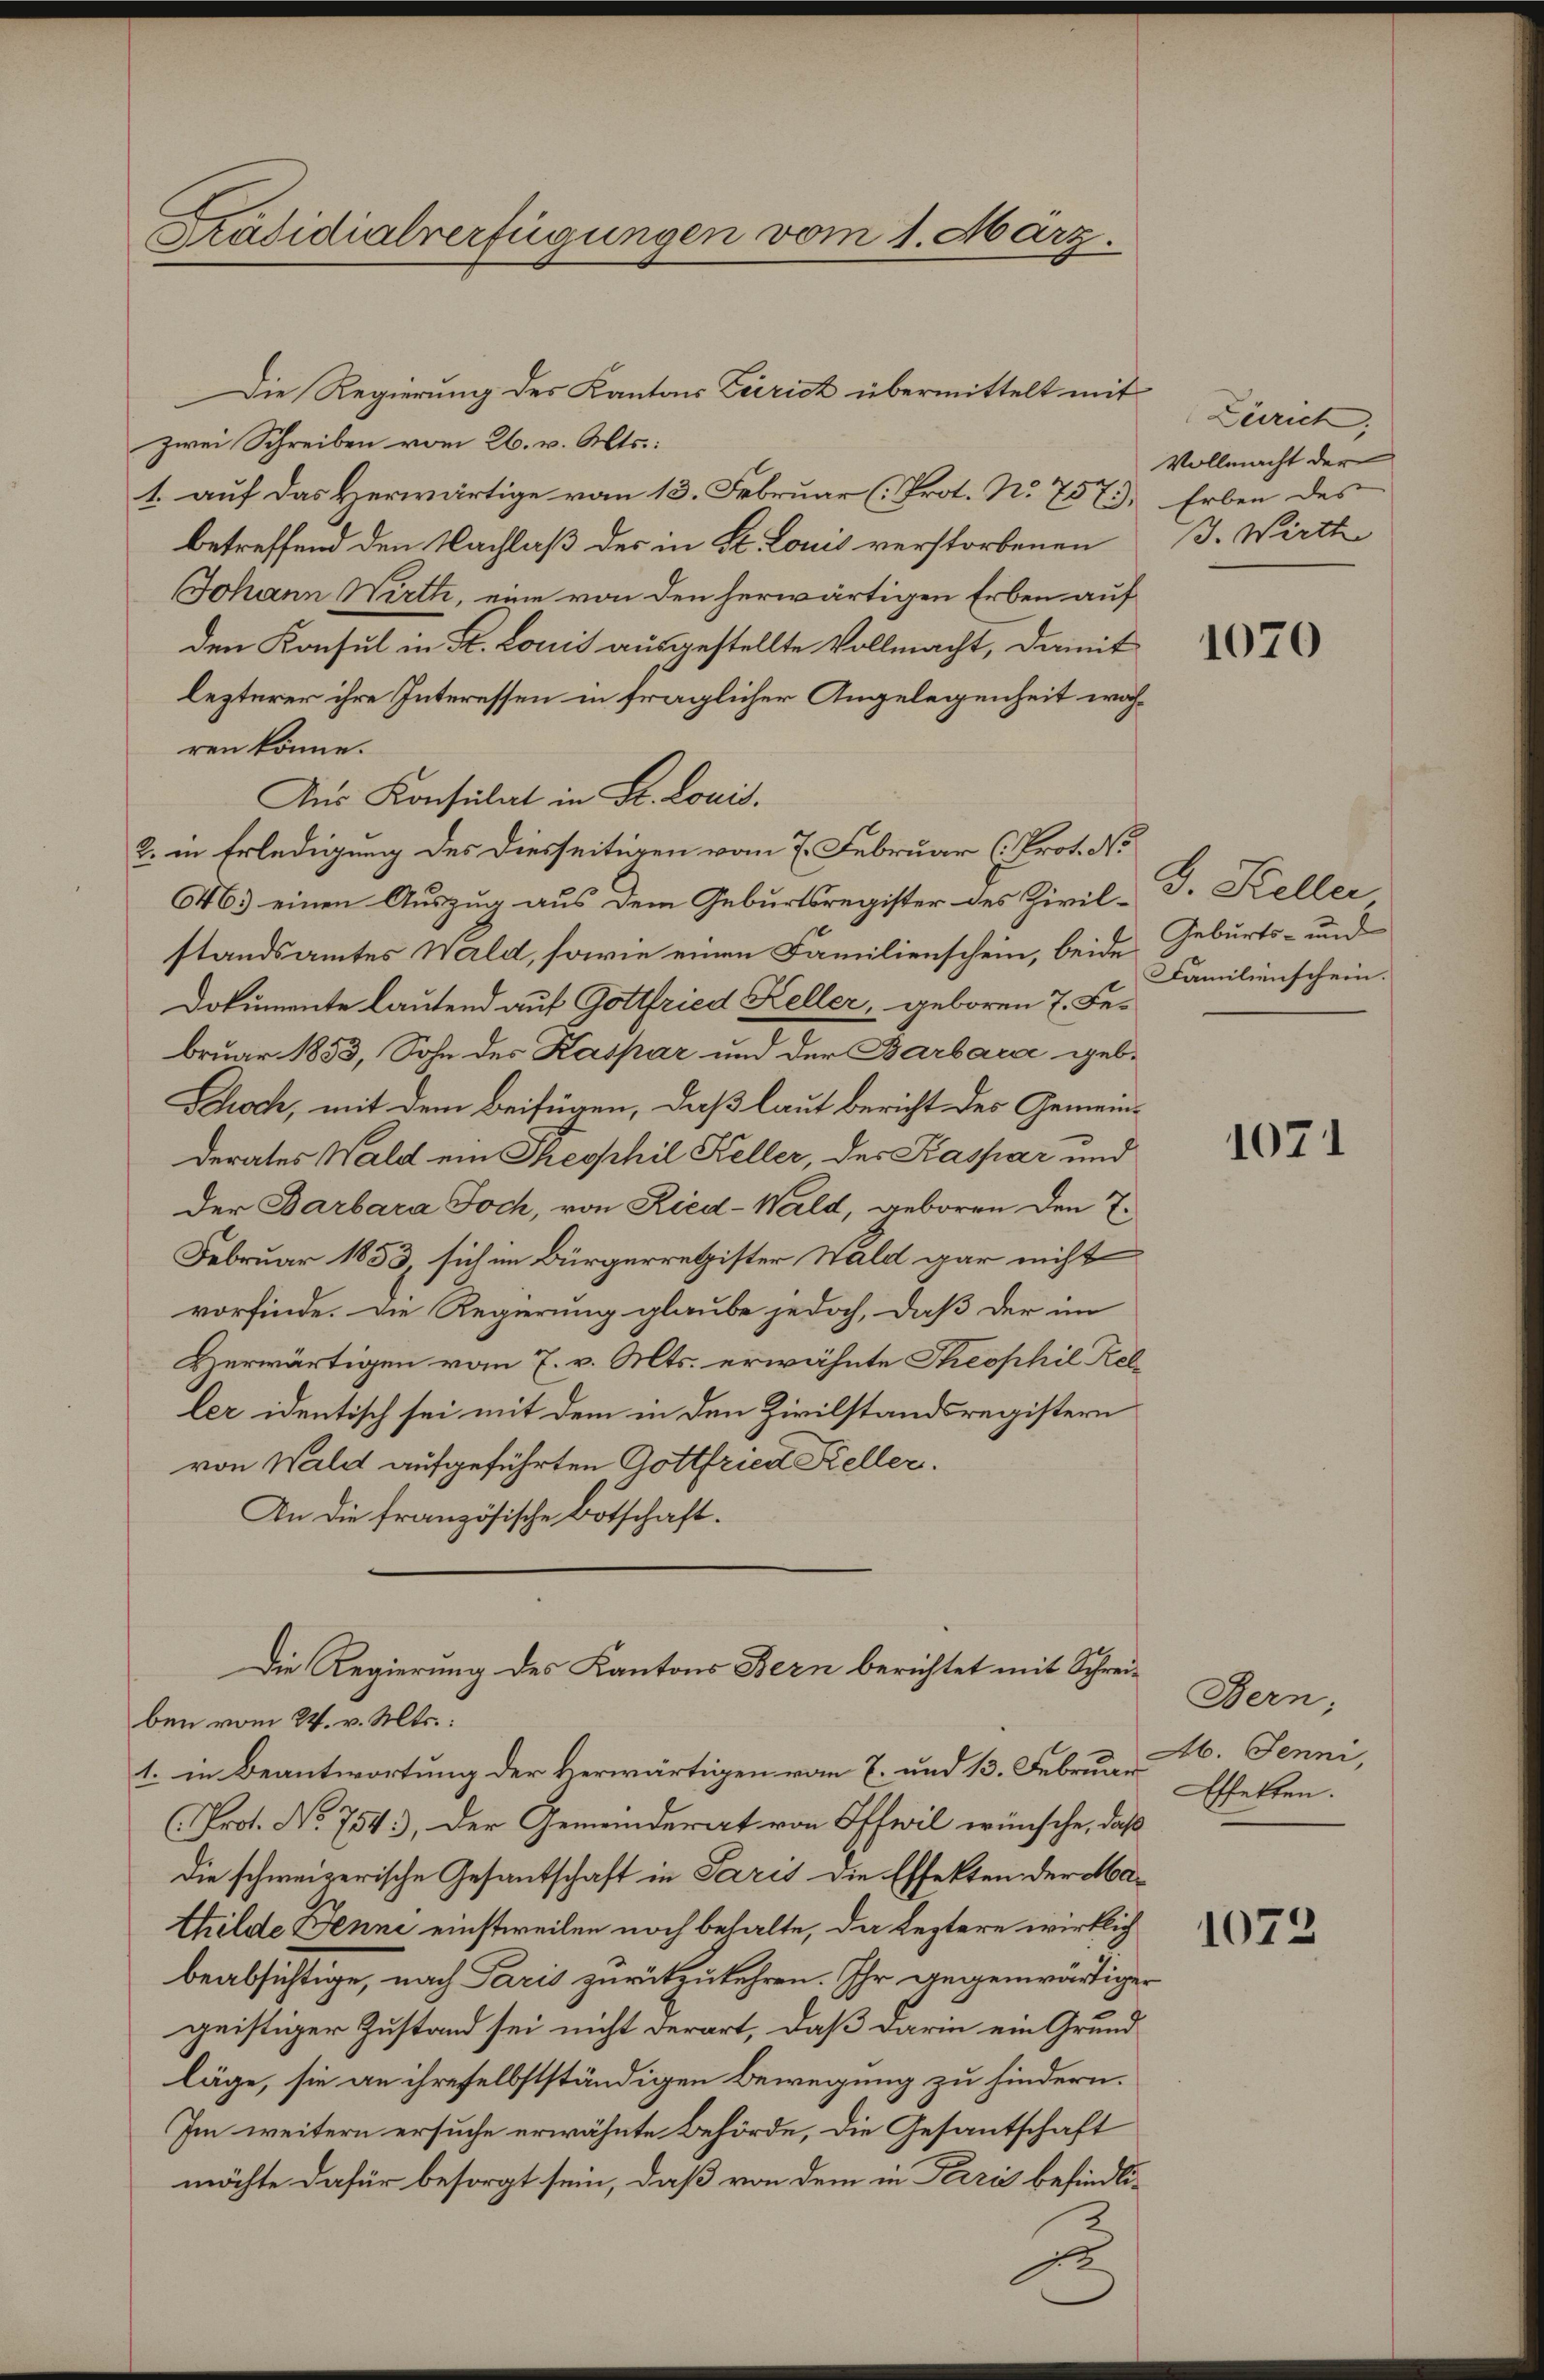
Präsidialverfügungen vom 1. März.

Die Regierung des Kantons Zürich übermittelt mit
zwei Schreiben vom 26. v. Alts:
1. auf das Herwärtige vom 13. Februar (Prot. N. 757),
betreffend den Nachlaß der in St. Louis verstorbenen
Johann Wirth, eine von den herwärtigen Erben auf
den Konsul in St. Louis ausgestellte Vollmacht, damit
lezterer ihre Interessen in fraglicher Angelegenheit währen könne.
Aus Konsulat in St. Louis.
2. in Erledigung des Diesseitigen vom 7. Februar (Prot. No
46.) einen Auszug aus dem Geburtsregister des Zivil- J. Keller
standsamtes Wald, sowie einen Familienschein, beide Geburts- und
Dokumente lautend auf Gottfried Keller, geboren 7. Februar 1853, Sohn des Kaspar und der Barbara geb.
Schoch, mit dem Beifügen, daß laut bericht des Gemeinderates Wald ein Theophil Keller, der Kaspar und
der Barbara Toch, von Ried-Wald, geboren den T.
Februar 1853, sich im Bürgerretister Wald gar nicht
vorfinde. Die Regierung glaube jedoch, daß der im
Herwärtigen vom 7. v. Mts. erwähnte Theophil Keller identisch sei mit dem in den Zivilstandsregistern
von Wald aufgeführten Gottfried Keller.
An die französische Botschaft.
Die Regierung des Kantons Bern berichtet mit Schreiben vom 24. v. Mts.:
1. in Beantwortung der Verwärtigen vom 7. und 13. Februar Effekten.
(Prot. No 754), der Gemeinderat von Offwil wünsche, daß
die schweizerische Gesantschaft in Paris die Effekten der Mathilde Jenne einstweilen noch behalte, da Leztere wirklich
beabsichtige, nach Paris zurückzukehren. Ihr gegenwärtiger
geistiger Zustand sei nicht derart, daß darin ein Grundläge, sie an ihreselbstständigen Bewegung zu hindern.
Im weitern ersuche erwähnte Behörde, die Gesantschaft
möchte dafür besorgt sein, daß von dem in Ferris befindli¬

Zürich,
Vollmacht der
Erben des
3. Wirthe

1070

Familienschein.

1071

Bern;
Ab. Jenni,

1072